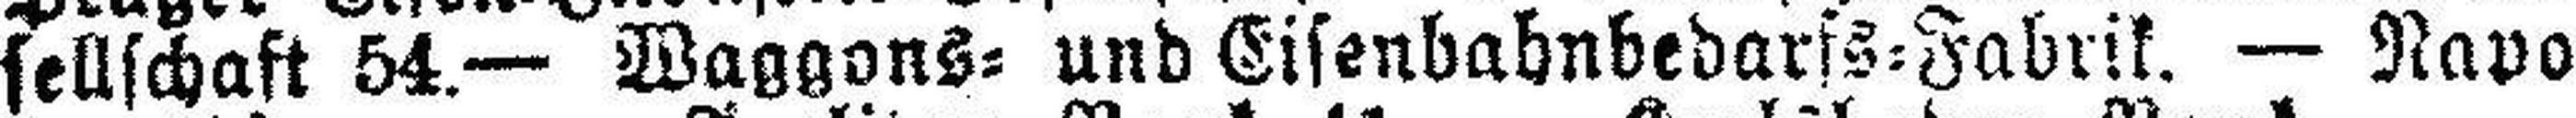
sellschast 54.— Waggons= und Eisenbahnbedarfs=Fabrik. — Napo